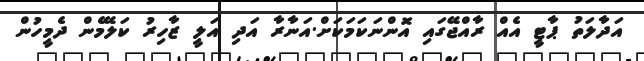
އަދާލަތު ޕާޓީ އެއް ރާއްޖޭގައި އޮންނަކަމަކަށް.އަނާރާ އަދި އަލީ ޒާހިރު ކަލޭމެން ދެމީހުން